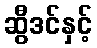
ဆွီဒင်နှင့်